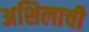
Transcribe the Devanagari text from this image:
अशिलाची